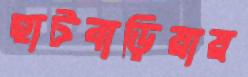
হাটবাড়িয়ায়